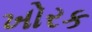
ખોરક